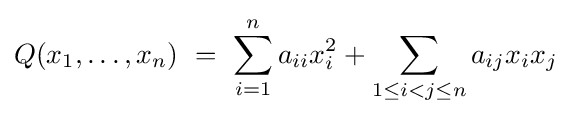
Q(x_{1},\ldots ,x_{n})\ =\ \sum _{i=1}^{n}a_{ii}x_{i}^{2}+\sum _{1\leq i<j\leq n}a_{ij}x_{i}x_{j}